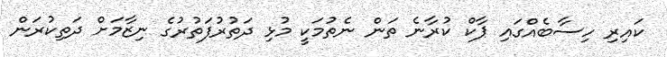
ކައިރި ހިސާބެއްގައި ޕާކް ކުރާނެ ތަން ނެތުމަކީ މުޅި ދަތުރުފަތުރުގެ ނިޒާމަށް ދަތިކުރަން